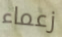
زعماء